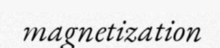
magnetization